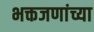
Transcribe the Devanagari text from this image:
भक्तजणांच्या